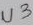
Text: U3